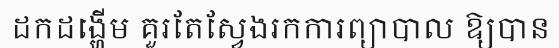
ដកដង្ហើម គួរតែស្វែងរកការព្យាបាល ឱ្យបាន